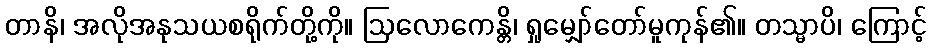
တာနိ၊ အလိုအနုသယစရိုက်တို့ကို။ ဩလောကေန္တိ၊ ရှုမျှော်တော်မူကုန်၏။ တသ္မာပိ၊ ကြောင့်